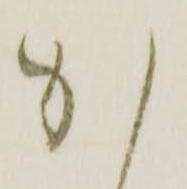
か